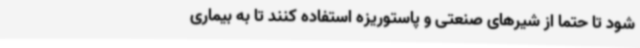
شود تا حتما از شیرهای صنعتی و پاستوریزه استفاده کنند تا به بیماری